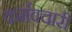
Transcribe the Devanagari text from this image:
कर्मवचारी